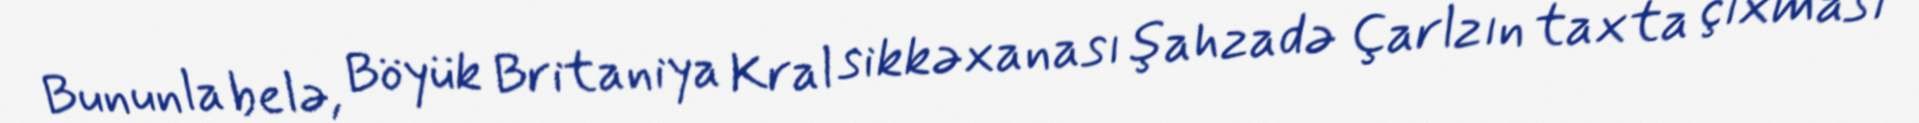
Bununla belə, Böyük Britaniya Kral sikkəxanası şahzadə Çarlzın taxta çıxması